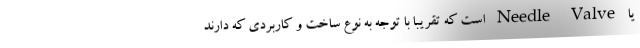
یا Needle Valve است که تقریبا با توجه به نوع ساخت و کاربردی که دارند